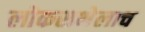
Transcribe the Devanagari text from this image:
लोकसभेलाच